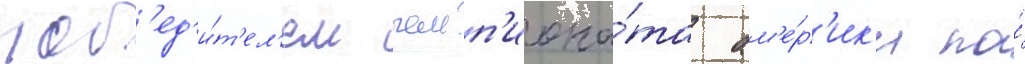
поб'ед'и́т'ел'ем чемп'иона́та ам'е́р'ик'и по́